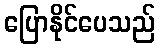
ပြောနိုင်ပေသည်